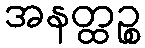
အနတ္ထဉ္စ